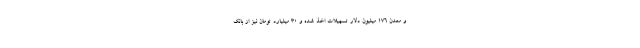
و معدن ۱۷۶ میلیون دلار تسهیلات اخذ شده و ۳۰ میلیارد تومان نیز از بانک